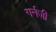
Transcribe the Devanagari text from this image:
गर्नज़ी